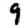
Digit: 9